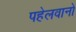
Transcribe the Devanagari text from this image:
पहेलवानो